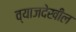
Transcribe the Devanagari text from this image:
व्याजदेखील